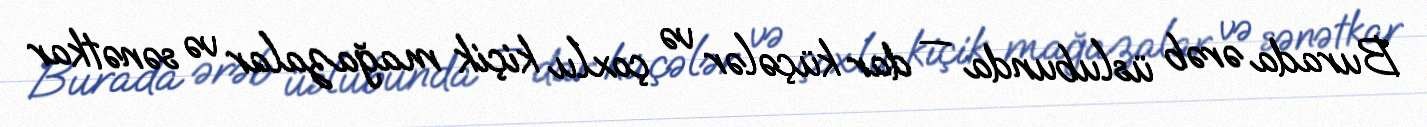
Burada ərəb üslubunda — dar küçələr və çoxlu kiçik mağazalar və sənətkar